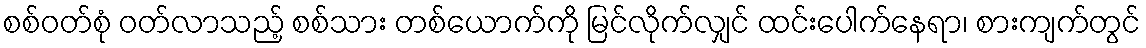
စစ်ဝတ်စုံ ဝတ်လာသည့် စစ်သား တစ်ယောက်ကို မြင်လိုက်လျှင် ထင်းပေါက်နေရာ၊ စားကျက်တွင်